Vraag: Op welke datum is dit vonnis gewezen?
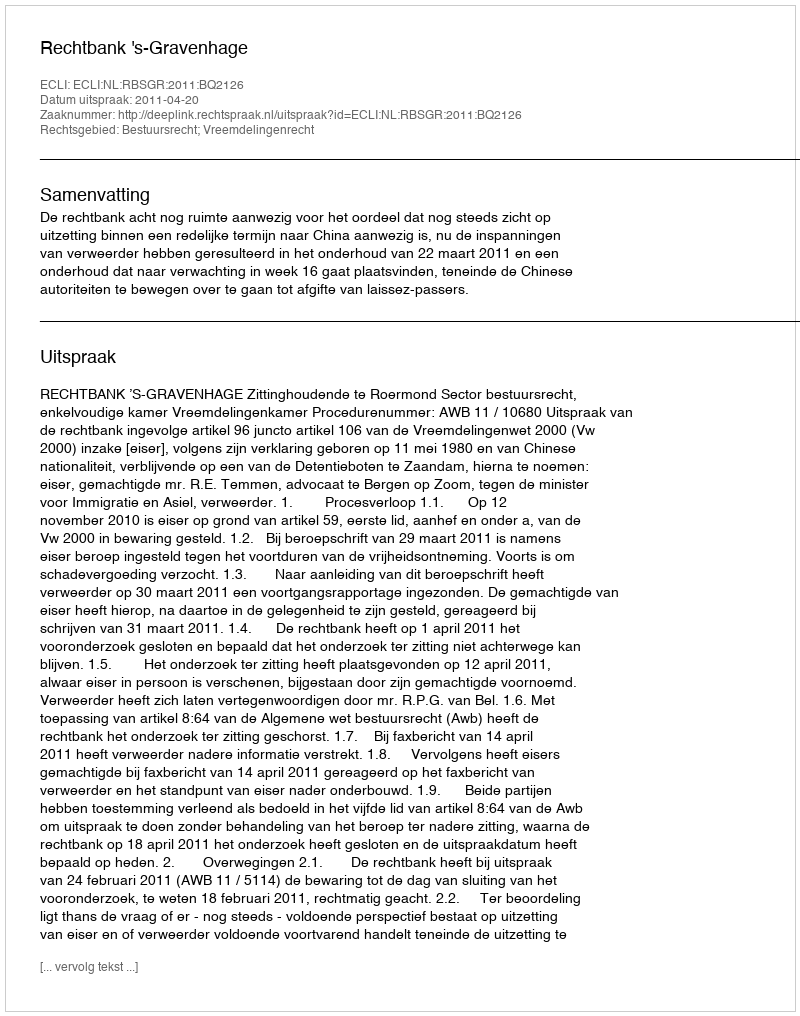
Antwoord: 2011-04-20